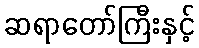
ဆရာတော်ကြီးနှင့်